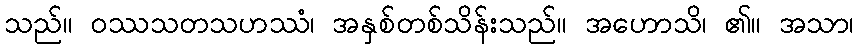
သည်။ ဝဿသတသဟဿံ၊ အနှစ်တစ်သိန်းသည်။ အဟောသိ၊ ၏။ အသာ၊